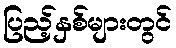
ပြည့်နှစ်များတွင်